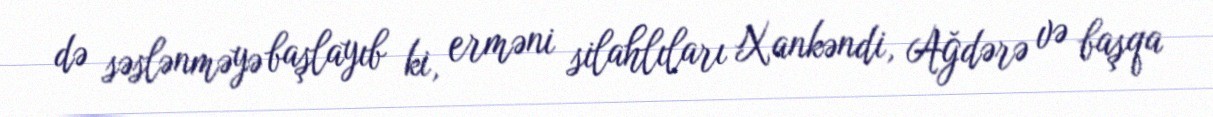
də səslənməyə başlayıb ki, erməni silahlıları Xankəndi, Ağdərə və başqa